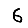
Digit: 6